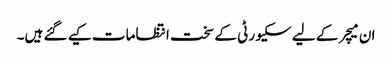
ان میچر کے لیے سکیورٹی کے سخت انتظامات کیے گئے ہیں۔